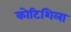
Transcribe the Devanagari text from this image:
कोटिशिला